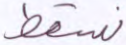
نسقط